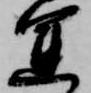
運